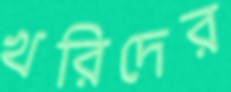
খরিদের